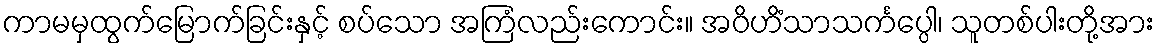
ကာမမှထွက်မြောက်ခြင်းနှင့် စပ်သော အကြံလည်းကောင်း။ အဝိဟိံသာသင်္ကပ္ပေါ၊ သူတစ်ပါးတို့အား